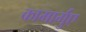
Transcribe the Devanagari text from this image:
कामार्गुए